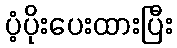
ပံ့ပိုးပေးထားပြီး